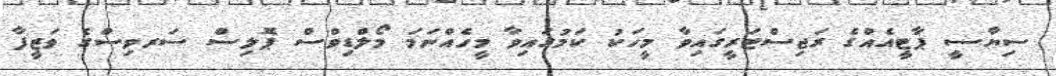
ސިޔާސީ ޕާޓީއެއްގެ ރަޖިސްޓަރީގައިވާ މީހަކު ކަމުގައިވާ މީހެއްނަމަ މޯލްޑިވްސް ޕޮލިސް ސަރވިސްގެ ވަޒީފާ